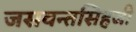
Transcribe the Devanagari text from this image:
जसवन्तसिहजी